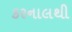
કરનાલથી